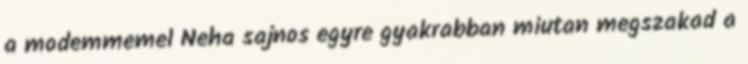
a modemmemel Neha sajnos egyre gyakrabban miutan megszakad a